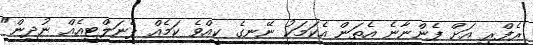
ރެފްރީ އަށް ފެންނާނެ އެތަން އެކަމަކު ނޭނގެ ކީއްވެ ކަމެއް ޕެނަލްޓީއެއް ނުދިން"